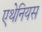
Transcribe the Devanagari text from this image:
एथेनियस